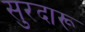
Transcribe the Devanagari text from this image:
सुरदारू